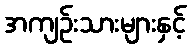
အကျဉ်းသားများနှင့်